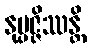
နုပ္ပဇ္ဇိဿန္တိ